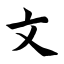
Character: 文